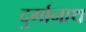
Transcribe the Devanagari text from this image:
दुर्गानाथ